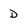
Character: D